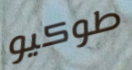
طوكيو